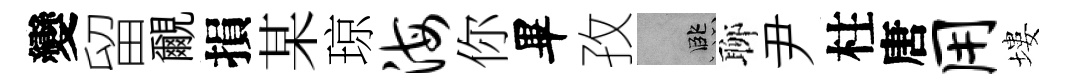
變留覼損某琼海你畢孜孟聊尹柱唐用塿